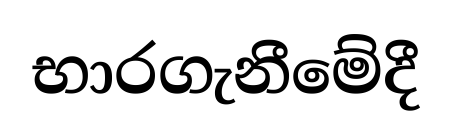
භාරගැනීමේදී